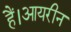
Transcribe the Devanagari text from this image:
हैं।आयरीन